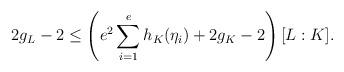
LaTeX: \begin{align*}2 g_L - 2 \leq \left(e^2\sum_{i=1}^e h_K(\eta_i)+2g_K-2\right)[L:K]. \end{align*}